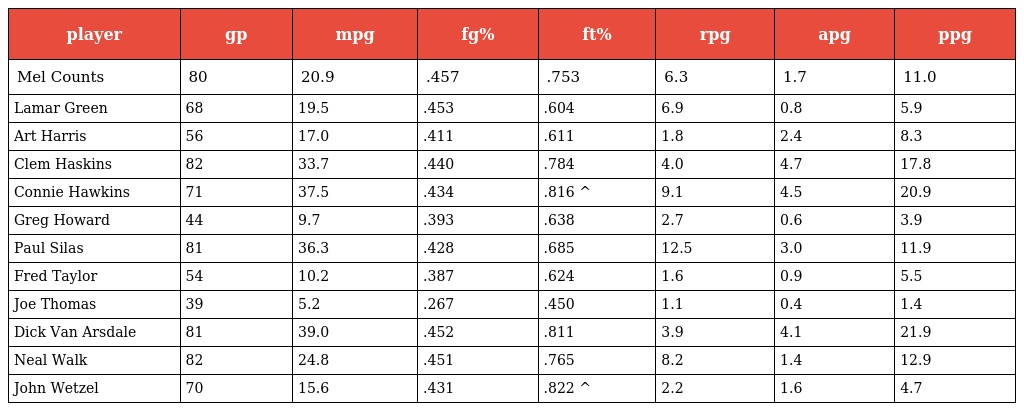
| player | gp | mpg | fg% | ft% | rpg | apg | ppg |
 | --- | --- | --- | --- | --- | --- | --- | --- |
 | Mel Counts | 80 | 20.9 | .457 | .753 | 6.3 | 1.7 | 11.0 |
 | Lamar Green | 68 | 19.5 | .453 | .604 | 6.9 | 0.8 | 5.9 |
 | Art Harris | 56 | 17.0 | .411 | .611 | 1.8 | 2.4 | 8.3 |
 | Clem Haskins | 82 | 33.7 | .440 | .784 | 4.0 | 4.7 | 17.8 |
 | Connie Hawkins | 71 | 37.5 | .434 | .816 ^ | 9.1 | 4.5 | 20.9 |
 | Greg Howard | 44 | 9.7 | .393 | .638 | 2.7 | 0.6 | 3.9 |
 | Paul Silas | 81 | 36.3 | .428 | .685 | 12.5 | 3.0 | 11.9 |
 | Fred Taylor | 54 | 10.2 | .387 | .624 | 1.6 | 0.9 | 5.5 |
 | Joe Thomas | 39 | 5.2 | .267 | .450 | 1.1 | 0.4 | 1.4 |
 | Dick Van Arsdale | 81 | 39.0 | .452 | .811 | 3.9 | 4.1 | 21.9 |
 | Neal Walk | 82 | 24.8 | .451 | .765 | 8.2 | 1.4 | 12.9 |
 | John Wetzel | 70 | 15.6 | .431 | .822 ^ | 2.2 | 1.6 | 4.7 |